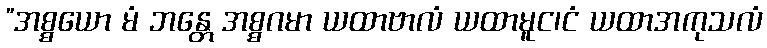
”အစ္စယော မံ ဘန္တေ အစ္စဂမာ ယထာဗာလံ ယထာမူင၊ငံ ယထာအကုသလံ